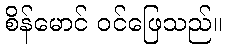
စိန်မောင် ဝင်ဖြေသည်။